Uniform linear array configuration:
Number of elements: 32
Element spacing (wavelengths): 0.25
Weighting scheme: cosine
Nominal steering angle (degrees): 45
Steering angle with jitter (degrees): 46.256
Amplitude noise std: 0.05
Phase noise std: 0.05

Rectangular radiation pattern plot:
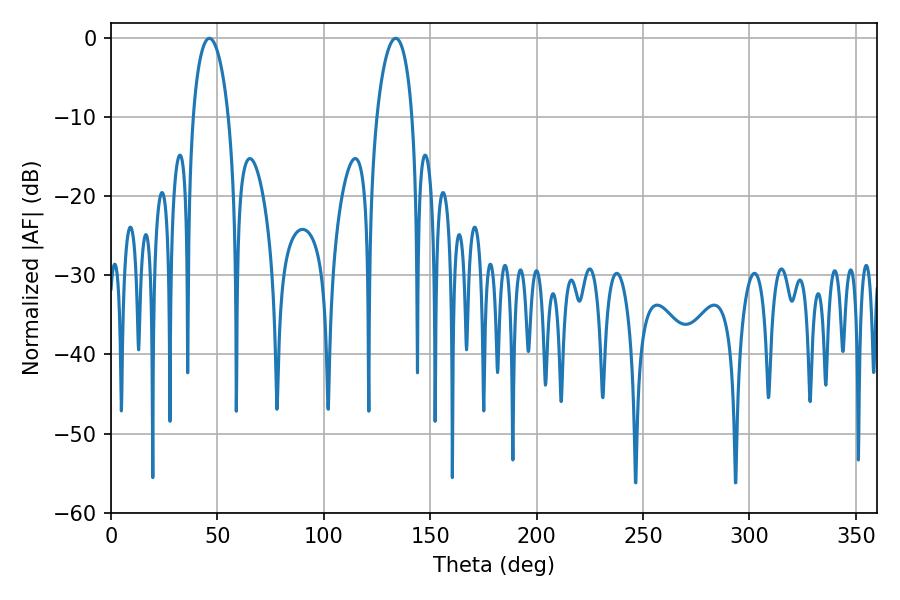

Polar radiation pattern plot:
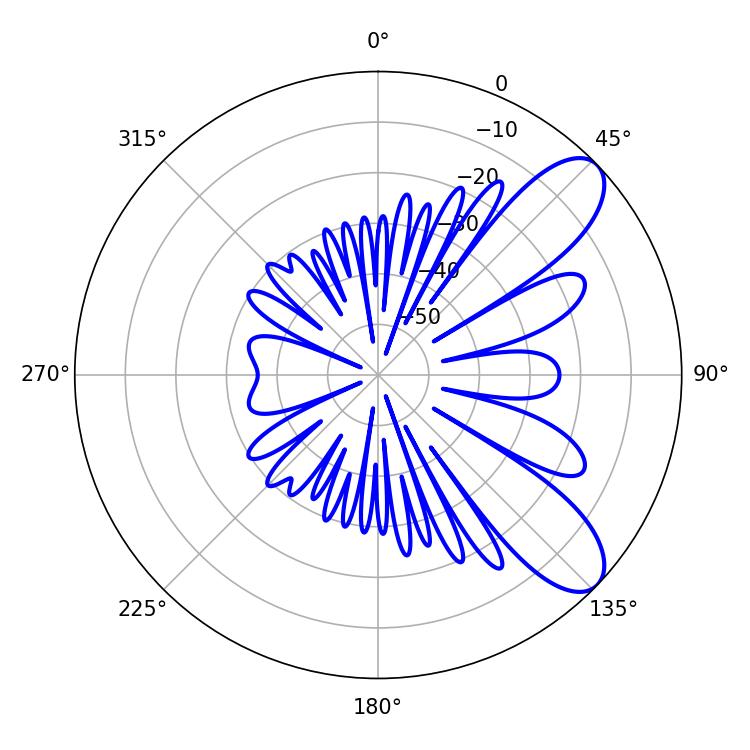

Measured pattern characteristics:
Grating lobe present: FALSE
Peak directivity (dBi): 8.8
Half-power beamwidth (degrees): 9.36
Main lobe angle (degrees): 46.26